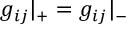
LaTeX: g _ { i j } { \vert } _ { + } = g _ { i j } { \vert } _ { - }